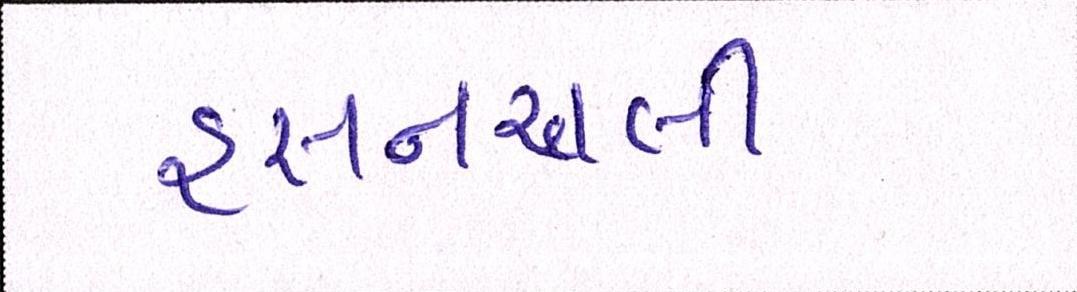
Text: હસનઅલી